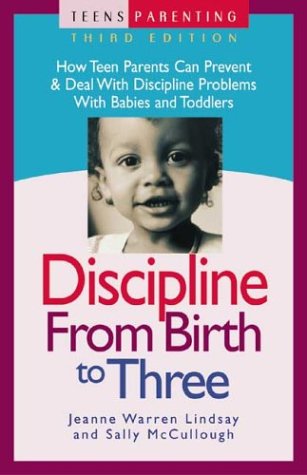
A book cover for Discipline from Birth to Three: How Teen Parents Can Prevent and Deal with Discipline Problems with Babies and Toddlers (Teen Pregnancy and Parenting series); Jeanne Warren Lindsay; Teen & Young Adult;